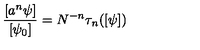
{ \frac { [ a ^ { n } \psi ] } { [ \psi _ { 0 } ] } } = N ^ { - n } \tau _ { n } ( [ \psi ] )